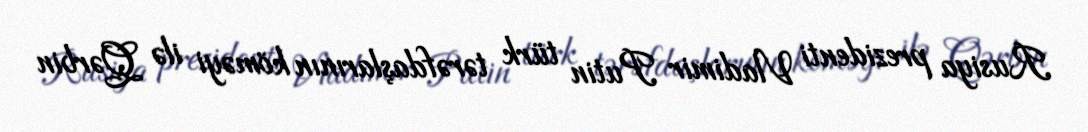
Rusiya prezidenti Vladimir Putin türk tərəfdaşlarının köməyi ilə Qərbin